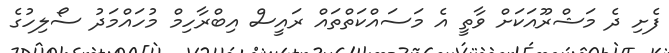
ފެށި ދެ މަޝްރޫއަކަށް ވާތީ އެ މަސައްކަތްތައް ރައީސް އިބްރާހިމް މުހައްމަދު ސޯލިހުގެ